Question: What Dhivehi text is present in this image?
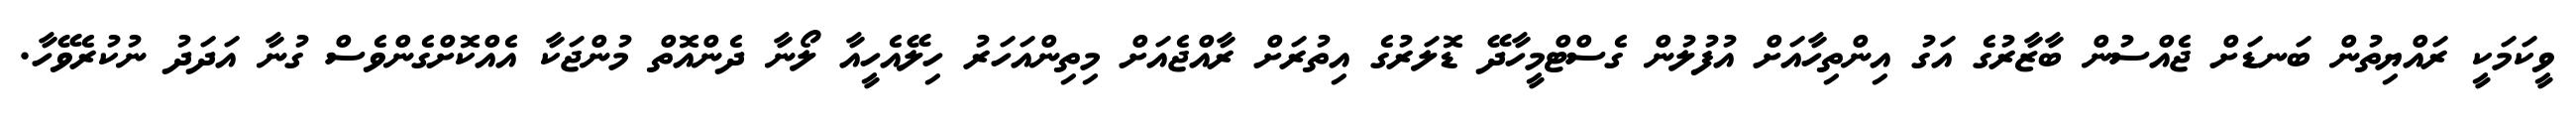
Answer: ވީކަމަކީ ރައްޔިތުން ބަނޑަށް ޖެއްސުން ބާޒާރުގެ އަގު އިންތިހާއަށް އުފުލުން ގެސްޓްމީހާދޭ ޑޮލަރުގެ އިތުރަށް ރާއްޖެއަށް މިތިންއަހަރު ހިލޭއެހީއާ ލޯނާ ދެންއޮތް މުންޖަކާ އެއްކޮށްގެންވެސް ގުނާ އަދަދު ނުކުރެވޭހާ.